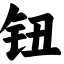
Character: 钮